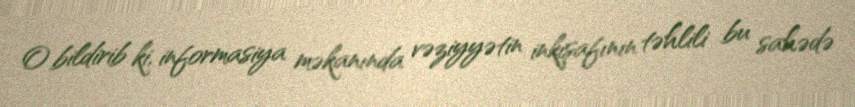
O bildirib ki, informasiya məkanında vəziyyətin inkişafının təhlili bu sahədə